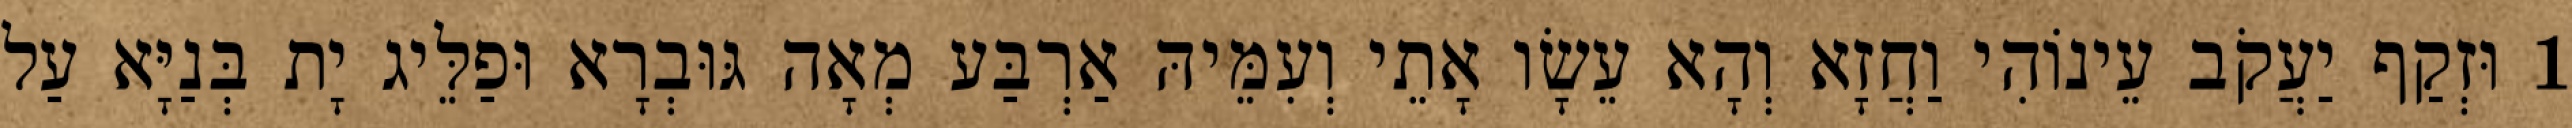
1 וּזְקַף יַעֲקֹב עֵינוֹהִי וַחֲזָא וְהָא עֵשָׂו אָתֵי וְעִמֵּיהּ אַרְבַּע מְאָה גּוּבְרָא וּפַלֵּיג יָת בְּנַיָּא עַל